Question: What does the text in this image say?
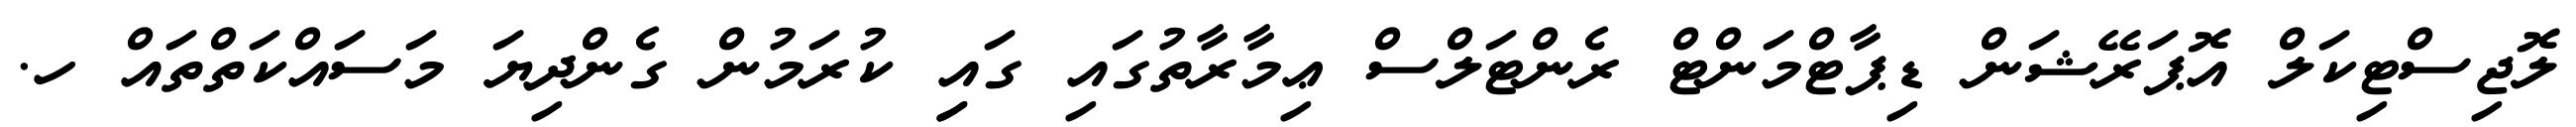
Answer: ލޮޖިސްޓިކަލް އޮޕަރޭޝަން ޑިޕާޓްމަންޓް ރެންޓަލްސް ޢިމާރާތުގައި ގައިި ކުރަމުން ގެންދިޔަ މަސައްކަތްތައް ހ.